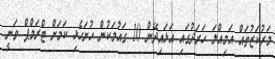
މަރުކަޒުތައް އަމިއްލަ ހަރަދުގައި އަޅައިދޭން 10 ގައުމަކުން ހުށަހެޅި ކަމަށް ޓްރަމްޕް ވަނީ